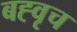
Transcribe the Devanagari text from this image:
बह्वृच